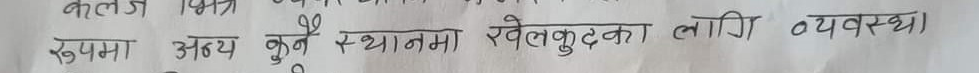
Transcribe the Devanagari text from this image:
कलेज भित्र
रुपमा अन्य कुनै स्थानमा खेलकुदका लागि व्यवस्था